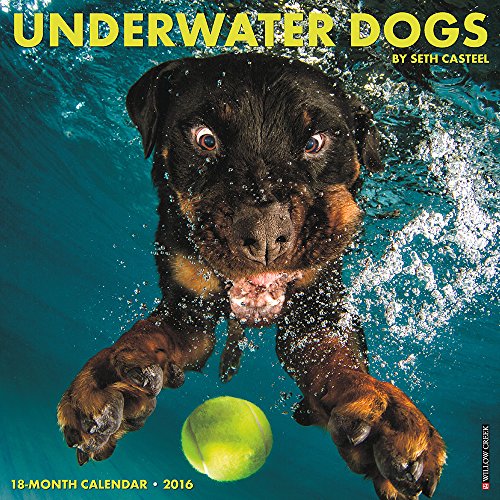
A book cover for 2016 Underwater Dogs Wall Calendar; Seth Casteel; Calendars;